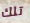
تلك